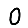
Digit: 0